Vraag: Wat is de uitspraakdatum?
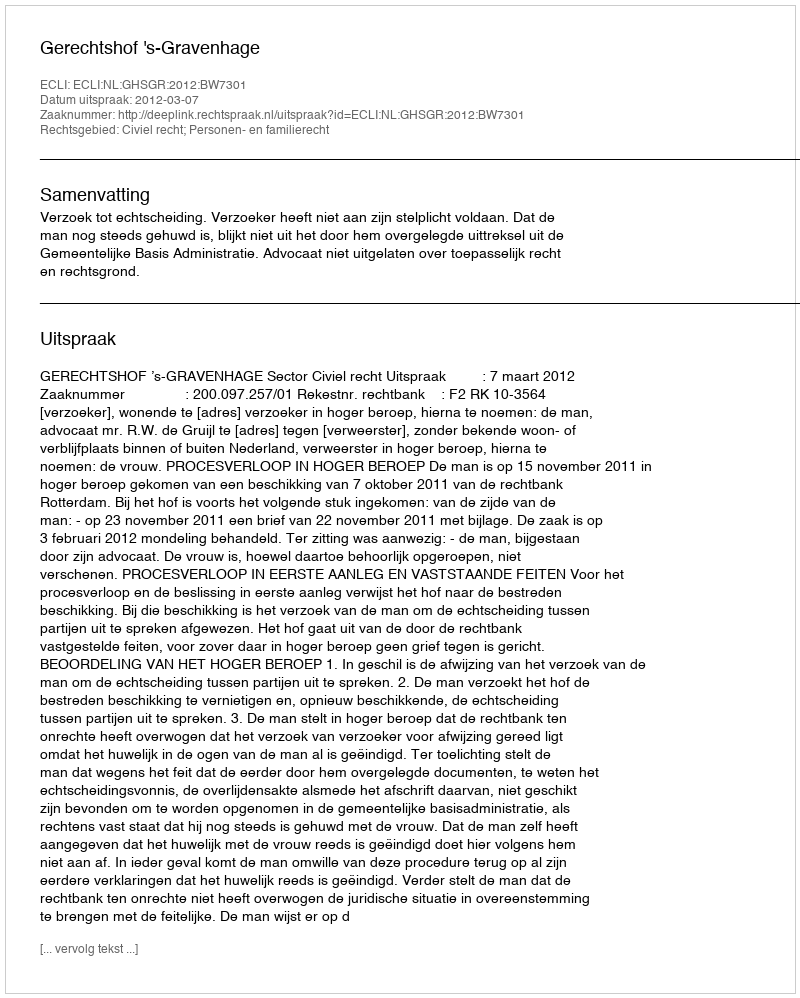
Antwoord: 2012-03-07